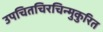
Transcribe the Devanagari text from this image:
उपचितचिरचिन्मुकुरित